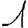
Digit: 1